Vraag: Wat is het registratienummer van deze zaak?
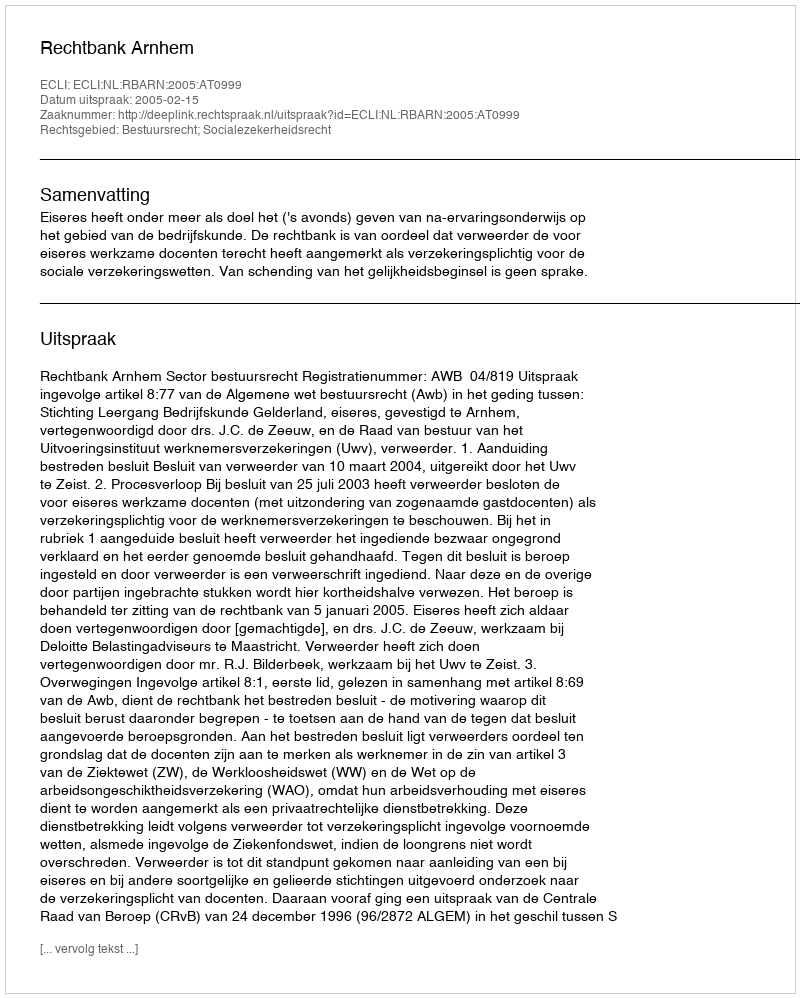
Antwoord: http://deeplink.rechtspraak.nl/uitspraak?id=ECLI:NL:RBARN:2005:AT0999